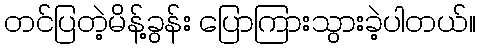
တင်ပြတဲ့မိန့်ခွန်း ပြောကြားသွားခဲ့ပါတယ်။